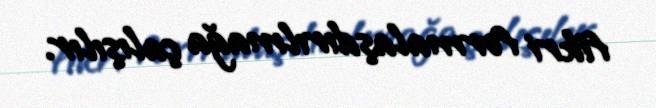
fikri formalaşdırılmağa çalışılır.